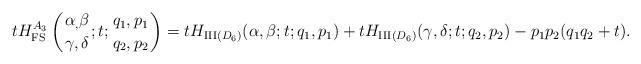
LaTeX: \begin{gather*} tH_{\mathrm{FS}}^{A_3}\left( {\alpha_,\beta \atop \gamma,\delta}; t; {q_1, p_1 \atop q_2, p_2} \right) =tH_{\mathrm{III}(D_6)} (\alpha, \beta; t; q_1,p_1 )+tH_{\mathrm{III}(D_6)} (\gamma, \delta; t; q_2,p_2 )-p_1p_2(q_1q_2+t).\end{gather*}